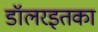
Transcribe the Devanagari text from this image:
डॉलरइतका